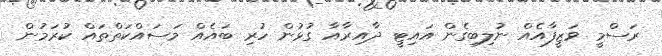
ރަސްމީ ވަޒީފާއެއް ނުލިބިގެން އައިޓީ ދާއިރާއާ ގުޅުން ހުރި ބައެއް މަސައްކަތްތައް ކުރަމުން